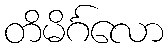
တိမိင်္ဂလော